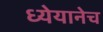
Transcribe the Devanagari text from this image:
ध्येयानेच